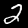
Digit: 2